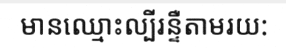
មានឈ្មោះល្បីរន្ទឺតាមរយ: